King Institute of Preventive Medicine Micro-Biological Section reports 1909-11
Year: 1909
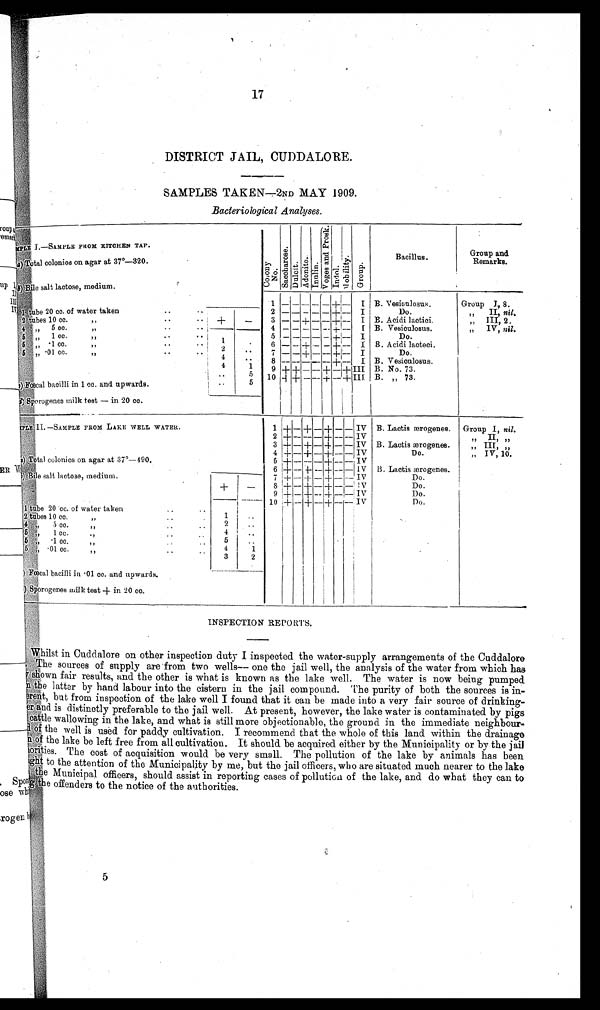
17
DISTRICT JAIL, CUDDALORE.
S A M P L E S T A K E N — 2 N D M A Y 1 9 0 9 .
Bacteriological Analyses.
SAMPLE FROM KITCHEN TAP.
(a) Total colonies on agar at 37°—320.
( b ) Bile salt lactose, medium.
C o l o n y
No.
S a c c h a r o s e .
D u l c i t .
A d o n i t e .
I n u l i n .
V o g e s a n d P r o s k .
Indol.
M o b i l i t y .
G r o u p .
Bacillus.
Group and
Remarks.
1
- - - - -
+
-
I B. Vesiculosus.
Group I, 8.
1 t u b e 2 0 c c . o f w a t e r t a k e n
. .
2
-
- - - - +
-
I
Do.
„ II, nil.
2 tubes 10 cc. " .
+
-
3
-
- +
-
-+
-
I B. Acidi lactici.
„ III, 2.
4 , , 5 c c . "
4
-
- - -
-
+
-
I B. Vesiculosus.
„ IV, nil.
5 ,, 1 cc. "
5
-
- - - - +
-
I
Do.
5 " .1 cc. " . .
1 . .
6
- -
+
-
- + - I B. Acidi lacteci.
5 " . 0 1 c c . , ,
. .
2
..
7
-
- + - -+
-
I
Do.
4
. .
8
- - - - -
+
-
I B. Vesiculosus.
4
1
9 + +
- -
+
-
+
I I I B. No. 73.
..
5 10 + + - - +
-
+ III B. ,, 73.
( c ) F œ c a l b a c i l l i i n 1 c c . a n d u p w a r d s .
..
5
(
d
) Sporogenes milk test — in 20 cc.
S A M P L E I I . — S A M P L E F R O M L A K E W E L L W A T E R .
1 + - +
-
+ - - IV B. Lactis ærogenes.
Group I, nil.
2 +
- -
- +
- -
IV
" I I , , ,
3 +
-_ + - +
-
- IV B. Lactis ærogenes.
„ III, "
4 +
-
+ - +
-
- IV
Do.
" IV, 10.
(a) Total colonies on agar at 37°—490.
5 +
- - -
+
- -
IV
6 +
-
+
-
+
- -
IV B. Lactis ærogenes.
(
b)
B i l e s a l t l a c t o s e , m e d i u m .
7 +
-
+
-
+
- -
IV
Do.
+
-
8 +
-
+
-
+
- -
IV
Do.
9 +
-
+
-
+
- -
IV
Do.
10 +
-
+
-
+
- -
IV
Do.
1 tube 20 cc. of water taken ..
2 tubes 10 cc. "
1
..
4 " 5 cc. „
..
2
. .
5 " 1 cc. " ..
4
..
5 " . 1 c c . " 5
..
5 " . 0 1 c c . "
4
1
3
2
(c) Fœcal bacilli in .01 cc. and upwards.
(d) Sporogenes milk test + in 20 cc.
INSPECTION REPORTS.
Whilst in Cuddalore on other inspection duty I inspected the water-supply arrangements of the Cuddalore
The sources of supply are from two wells— one the jail well , the analysis of the water from which h
as
s h o w n f a i r r e s u l t s , a n d t h e o t h e r i s w h a t i s k n o w n a s t h e l a k e w e l l . T h e w a t e r i s n o w b e i n g p u m p e d
the latter by hand labour into the cistern in the jail compound. The purity of both the sources is in-
rent, but from inspection of the lake well I found that it can be made into a very fair source of drinking-
e r a n d i s d i s t i n c t l y p r e f e r a b l e t o t h e j a i l w e l l . A t p r e s e n t , h o w e v e r , t h e l a k e w a t e r i s c o n t a m i n a t e d b y p i g s
cattle wallowing in the lake, and what is still more objectionable, the ground in the immediate neighbour-
of the well is used for paddy cultivation. I recommend that the whole of this land within the drainage
of the lake be left free from all cultivation. It should be acquired either by the Municipality or by the jail
orities. The cost of acquisition would be very small. The pollution of the lake by animals has been
i g h t t o t h e a t t e n t i o n o f t h e M u n i c i p a l i t y b y m e , b u t t h e j a i l o f f i c e r s , w h o a r e s i t u a t e d m u c h n e a r e r t o t h e l a k e
the Municipal officers, should assist in reporting cases of pollution of the lake, and do what they can to
the offenders to the notice of the authorities.
5